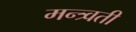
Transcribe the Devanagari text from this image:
मन्त्र्वती